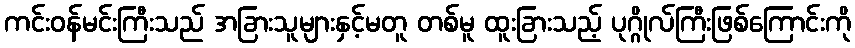
ကင်းဝန်မင်းကြီးသည် အခြားသူများနှင့်မတူ တစ်မူ ထူးခြားသည့် ပုဂ္ဂိုလ်ကြီးဖြစ်ကြောင်းကို